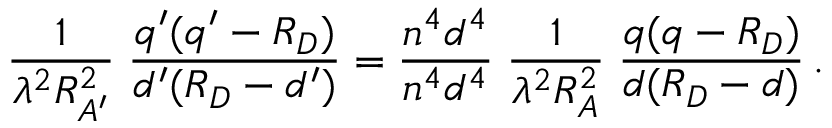
{ \frac { 1 } { \lambda ^ { 2 } R _ { A ^ { \prime } } ^ { 2 } } } \; { \frac { q ^ { \prime } ( q ^ { \prime } - R _ { D } ) } { d ^ { \prime } ( R _ { D } - d ^ { \prime } ) } } = { \frac { n ^ { 4 } d ^ { 4 } } { n ^ { 4 } d ^ { 4 } } } \; { \frac { 1 } { \lambda ^ { 2 } R _ { A } ^ { 2 } } } \; { \frac { q ( q - R _ { D } ) } { d ( R _ { D } - d ) } } \, .